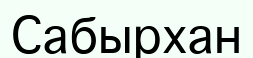
Сабырхан